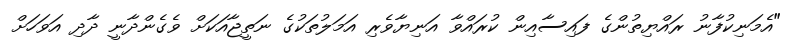
"އެމަނިކުފާނު ރައްޔިތުންގެ ފައިސާއިން ކުރައްވާ އަނިޔާވެރި އަމަލުތަކުގެ ނަތީޖާއަކަށް ވެގެންދާނީ ދާދި އަވަހަށް